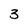
Character: 3